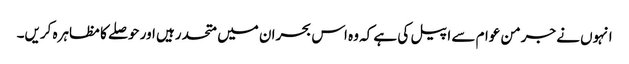
انہوں نے جرمن عوام سے اپیل کی ہے کہ وہ اس بحران میں متحد رہیں اور حوصلے کا مظاہرہ کریں۔